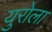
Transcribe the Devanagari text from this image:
युरोला